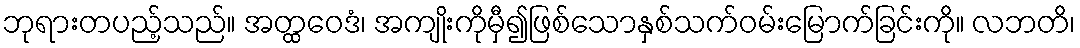
ဘုရားတပည့်သည်။ အတ္ထဝေဒံ၊ အကျိုးကိုမှီ၍ဖြစ်သောနှစ်သက်ဝမ်းမြောက်ခြင်းကို။ လဘတိ၊